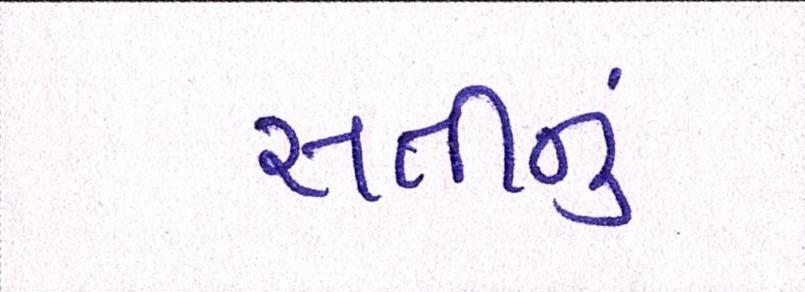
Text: સતીનું